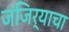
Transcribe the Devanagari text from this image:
जंजिर्‍याचा